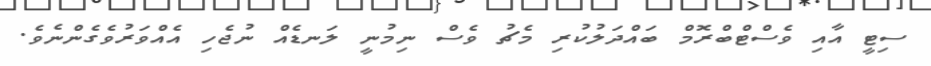
ސިޓީ އާއި ވެސްޓްބްރޮމް ބައްދަލުކުރި މެޗު ވެސް ނިމުނީ ލަނޑެއް ނުޖެހި އެއްވަރުވެގެންނެވެ.